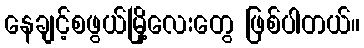
နေချင့်စဖွယ်မြို့လေးတွေ ဖြစ်ပါတယ်။